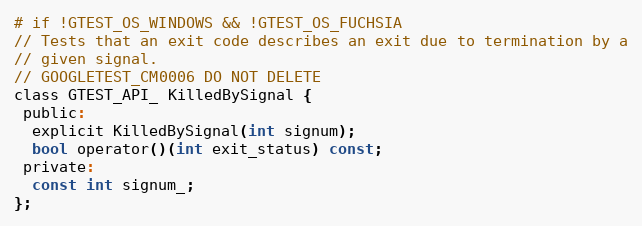
Language: C
# if !GTEST_OS_WINDOWS && !GTEST_OS_FUCHSIA
// Tests that an exit code describes an exit due to termination by a
// given signal.
// GOOGLETEST_CM0006 DO NOT DELETE
class GTEST_API_ KilledBySignal {
 public:
  explicit KilledBySignal(int signum);
  bool operator()(int exit_status) const;
 private:
  const int signum_;
};